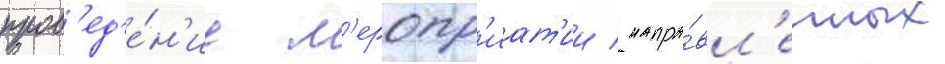
пров'ед'е́н'ие м'еропр'иат'ии / напра́вл'енных